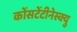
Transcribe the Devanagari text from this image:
कोंसटेंटीनेस्क्यु